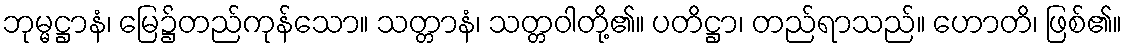
ဘုမ္မဋ္ဌာနံ၊ မြေ၌တည်ကုန်သော။ သတ္တာနံ၊ သတ္တဝါတို့၏။ ပတိဋ္ဌာ၊ တည်ရာသည်။ ဟောတိ၊ ဖြစ်၏။